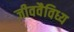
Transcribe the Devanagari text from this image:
जीववैविध्य